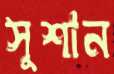
সুশান